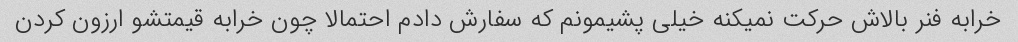
خرابه فنر بالاش حرکت نمیکنه خیلی پشیمونم که سفارش دادم احتمالا چون خرابه قیمتشو ارزون کردن